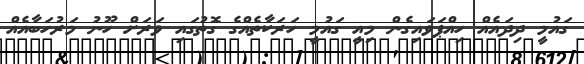
ގައުމީ ދިދައެއް ހިއްޕަވައިގެން މިއީ ގައުމީ ހަރަކާތެއްގެ ގޮތުގައި ވަރަށް ހޫނު މަރުހަބާއެއް